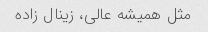
مثل همیشه عالی، زینال زاده